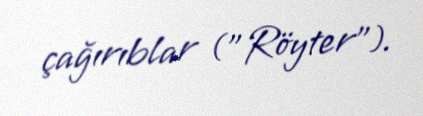
çağırıblar ("Röyter").